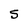
Character: S